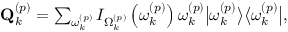
\begin{array} { r } { \mathbf { Q } _ { k } ^ { \left( p \right) } = \sum _ { \omega _ { k } ^ { \left( p \right) } } I _ { \Omega _ { k } ^ { \left( p \right) } } \left( \omega _ { k } ^ { \left( p \right) } \right) \omega _ { k } ^ { \left( p \right) } \big \vert \omega _ { k } ^ { \left( p \right) } \big \rangle \big \langle \omega _ { k } ^ { \left( p \right) } \big \vert , } \end{array}